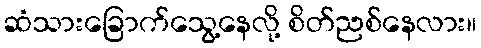
ဆံသားခြောက်သွေ့နေလို့ စိတ်ညစ်နေလား။